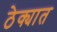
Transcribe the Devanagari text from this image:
ठेक्यात